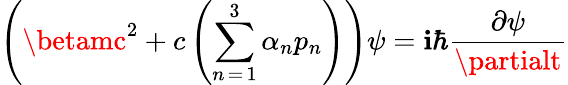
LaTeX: \left(\betamc^{2}+c\left(\sum_{n\mathop{=}1}^{3}\alpha_{n}p_{n}\right)\right)\psi=\mathbf{i}\hbar{\frac{{\partial\psi}}{{\partialt}}}